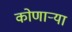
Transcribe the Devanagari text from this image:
कोणार्‍या